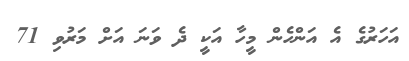
އަހަރުގެ އެ އަންހެން މީހާ އަކީ ދެ ވަނަ އަށް މަރުވި 71